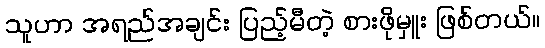
သူဟာ အရည်အချင်း ပြည့်မီတဲ့ စားဖိုမှူး ဖြစ်တယ်။